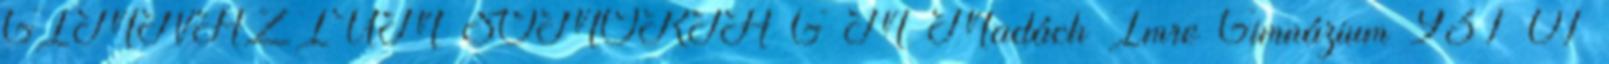
GIMNÁZIUM SOMORJA G M Madách Imre Gimnázium 931 01